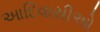
આદિવાસીઓ